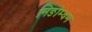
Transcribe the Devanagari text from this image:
निङोम्बम